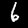
Label: 6